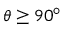
\theta \geq 9 0 ^ { \circ }